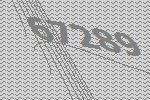
67289